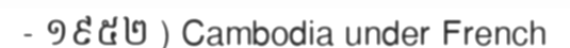
- ១៩៥២ ) Cambodia under French